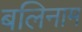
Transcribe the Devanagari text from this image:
बलिनाम